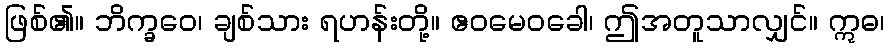
ဖြစ်၏။ ဘိက္ခဝေ၊ ချစ်သား ရဟန်းတို့။ ဧဝမေဝခေါ၊ ဤအတူသာလျှင်။ ဣဓ၊